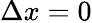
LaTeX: \Delta x=0